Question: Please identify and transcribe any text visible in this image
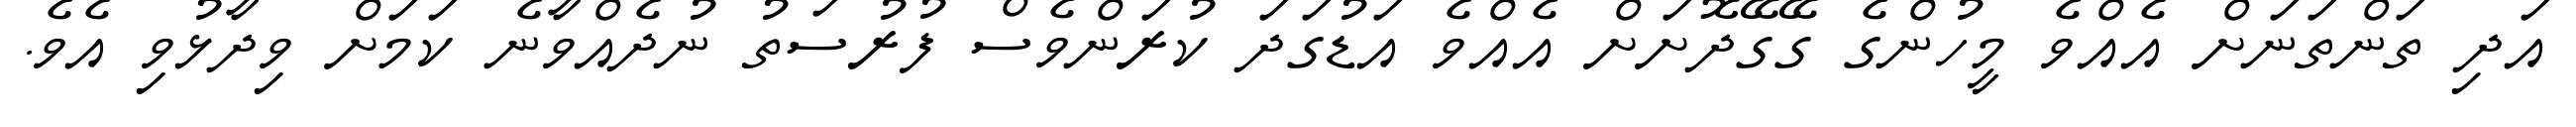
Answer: އަދި ތަންތަނަށް އެއްވެ މީހުންގެ ގޭގޭދޮށަށް އެއްވެ އަޑުގަދަ ކުރަންވެސް ފުރުސަތު ނުދެއްވާނެ ކަމަށް ވިދާޅުވި އެވެ.